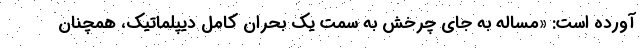
آورده است: «مساله به جای چرخش به سمت یک بحران کامل دیپلماتیک، همچنان